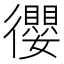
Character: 𢖠